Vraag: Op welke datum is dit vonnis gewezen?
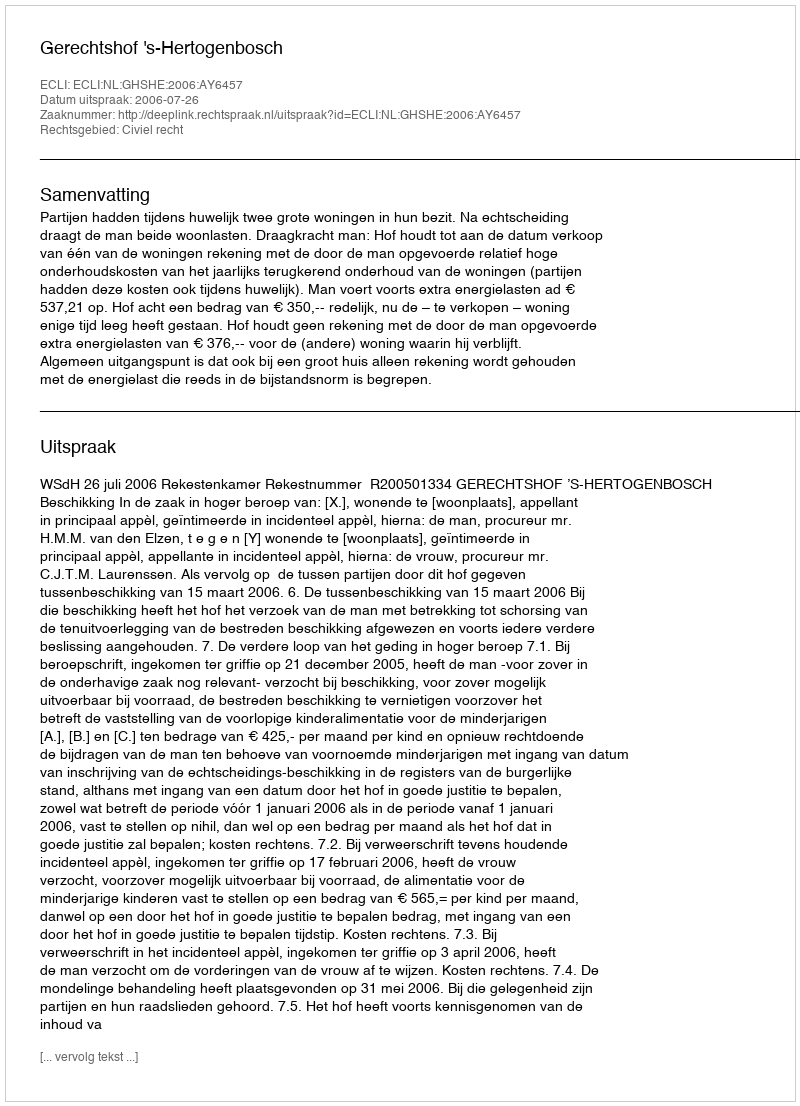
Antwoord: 2006-07-26